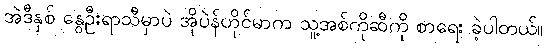
အဲဒီနှစ် နွေဦးရာသီမှာပဲ အိုပဲန်ဟိုင်မာက သူ့အစ်ကိုဆီကို စာရေး ခဲ့ပါတယ်။